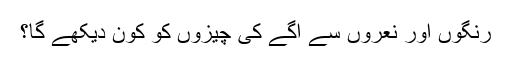
رنگوں اور نعروں سے آگے کی چیزوں کو کون دیکھے گا؟